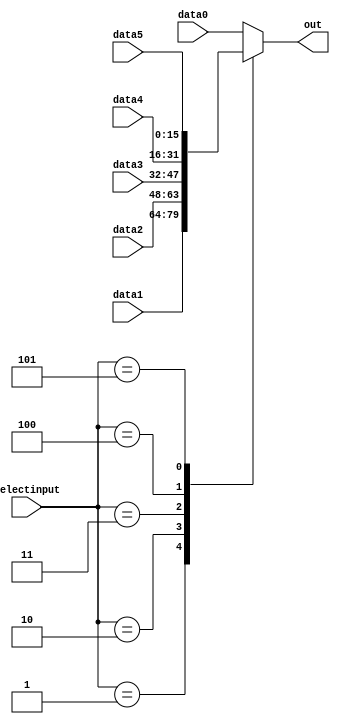
module mux16x3(data0,data1,data2,data3,data4,data5,selectinput,out);
input [15:0] data0,data1,data2,data3,data4,data5;
input [2:0]selectinput;
output reg [15:0] out;
always @(*)
begin
case (selectinput)
0:
	out = data0;
1:
	out = data1;
2:
	out = data2;
3:
	out = data3;
4:
	out = data4;
5:
	out = data5;
default:
	out = data0;
endcase
end
endmodule